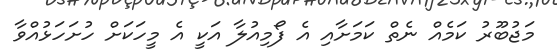
މަޖުބޫރު ކަމެއް ނެތް ކަމަށާއި އެ ފޯމިއުލާ އަކީ އެ މީހަކަށް ހުށަހަޅުއްވާ